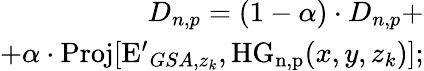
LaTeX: \begin{array}{r}{D_{n,p}=(1-\alpha)\cdot D_{n,p}+}\\ {+\alpha\cdot\mathrm{Proj}[\mathrm{E^{\prime}}_{GSA,z_{k}},\mathrm{HG_{n,p}}(x,y,z_{k})];}\end{array}